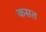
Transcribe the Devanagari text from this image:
कसत